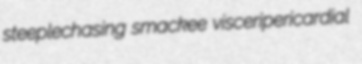
steeplechasing smackee visceripericardial